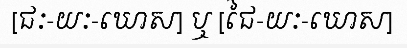
[ជៈ-យៈ-ឃោស] ឬ [ជៃ-យៈ-ឃោស]